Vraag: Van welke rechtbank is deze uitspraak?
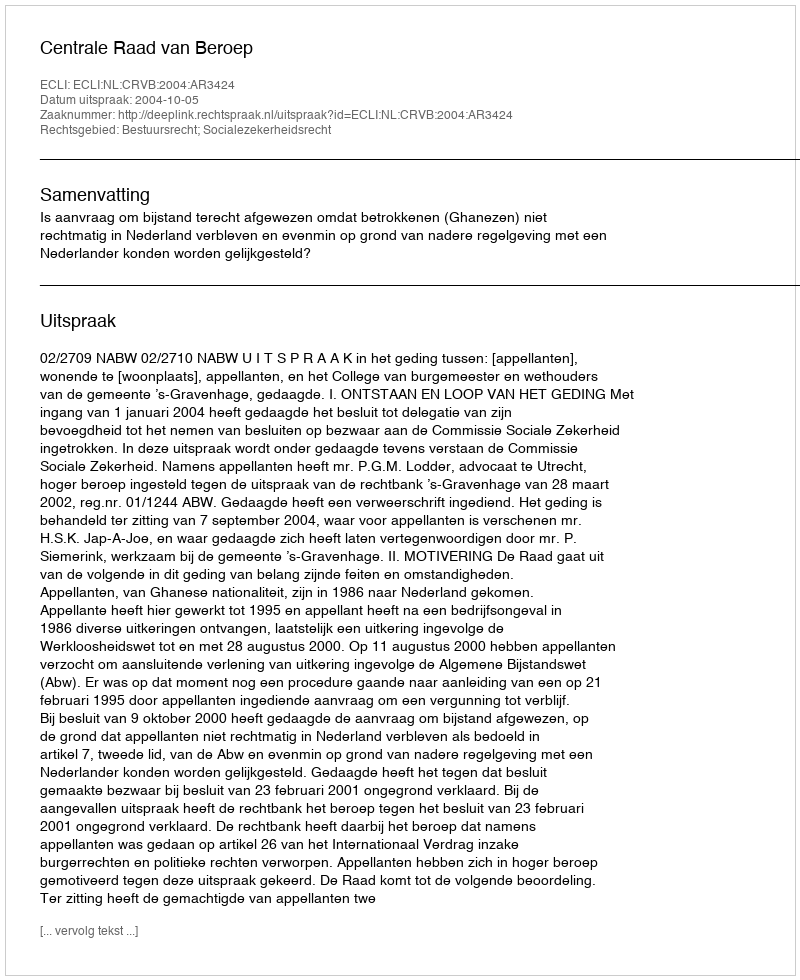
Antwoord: Centrale Raad van Beroep